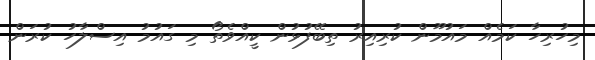
މިހުރިހާ ކަމެއް މައުމޫން ކުރިއިރު ތިބޭފުޅުން ކީއްވެތޯ މި ގައުމު އިސްލާހު ކުރަން